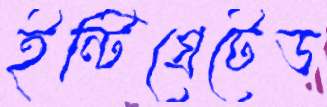
ইন্টিগ্রেটেড